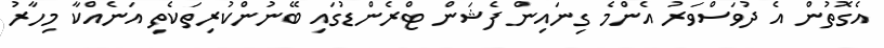
އެގޮތުން އެ ދުވަސްވަރު އެންމެ ގިނައިން ފެޝަން ޓްރެންޑުގައި ބޭނުންކުރިތަކެތި އަނެއްކާ މިހާރު